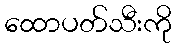
ထောပတ်သီးကို